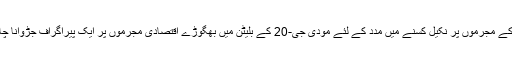
وجے مالیا یا نیرو مودی جیسے مستقبل کے مجرموں پر نکیل کسنے میں مدد کے لئے مودی جی-20 کے بلیٹن میں بھگوڑے اقتصادی مجرموں پر ایک پیراگراف جڑوانا چاہتے تھے، اور اس میں کافی محنت لگی۔